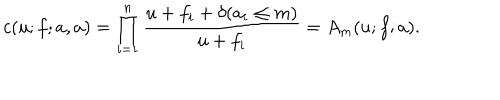
c ( u ; f ; a , a ) = \prod _ { i = 1 } ^ { n } \frac { u + f _ { i } + \delta ( a _ { i } \leq m ) } { u + f _ { i } } = A _ { m } ( u ; f ; a ) .